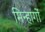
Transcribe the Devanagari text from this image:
मिन्हागों